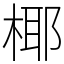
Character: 椰